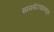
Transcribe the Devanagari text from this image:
सायबेरियामधून